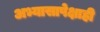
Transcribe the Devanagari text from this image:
अभ्यासापेक्षाही